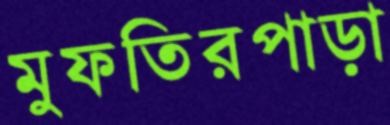
মুফতিরপাড়া